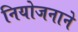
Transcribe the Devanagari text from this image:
नियोजनाने